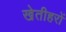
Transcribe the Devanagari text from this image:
खेतीहरों